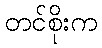
တင်စိုးက